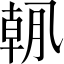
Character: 𫡯